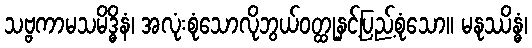
သဗ္ဗကာမသမိဒ္ဓိနံ၊ အလုံးစုံသောလိုဘွယ်ဝတ္ထုနှင့်ပြည့်စုံသော။ မနုဿိန္ဓံ၊